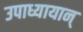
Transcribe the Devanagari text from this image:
उपाध्यायान्‌